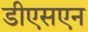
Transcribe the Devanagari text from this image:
डीएसएन